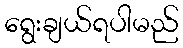
ရွေးချယ်ရပါမည်